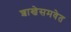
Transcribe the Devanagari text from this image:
शाखेसमवेत